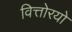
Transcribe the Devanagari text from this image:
वित्तोरयो